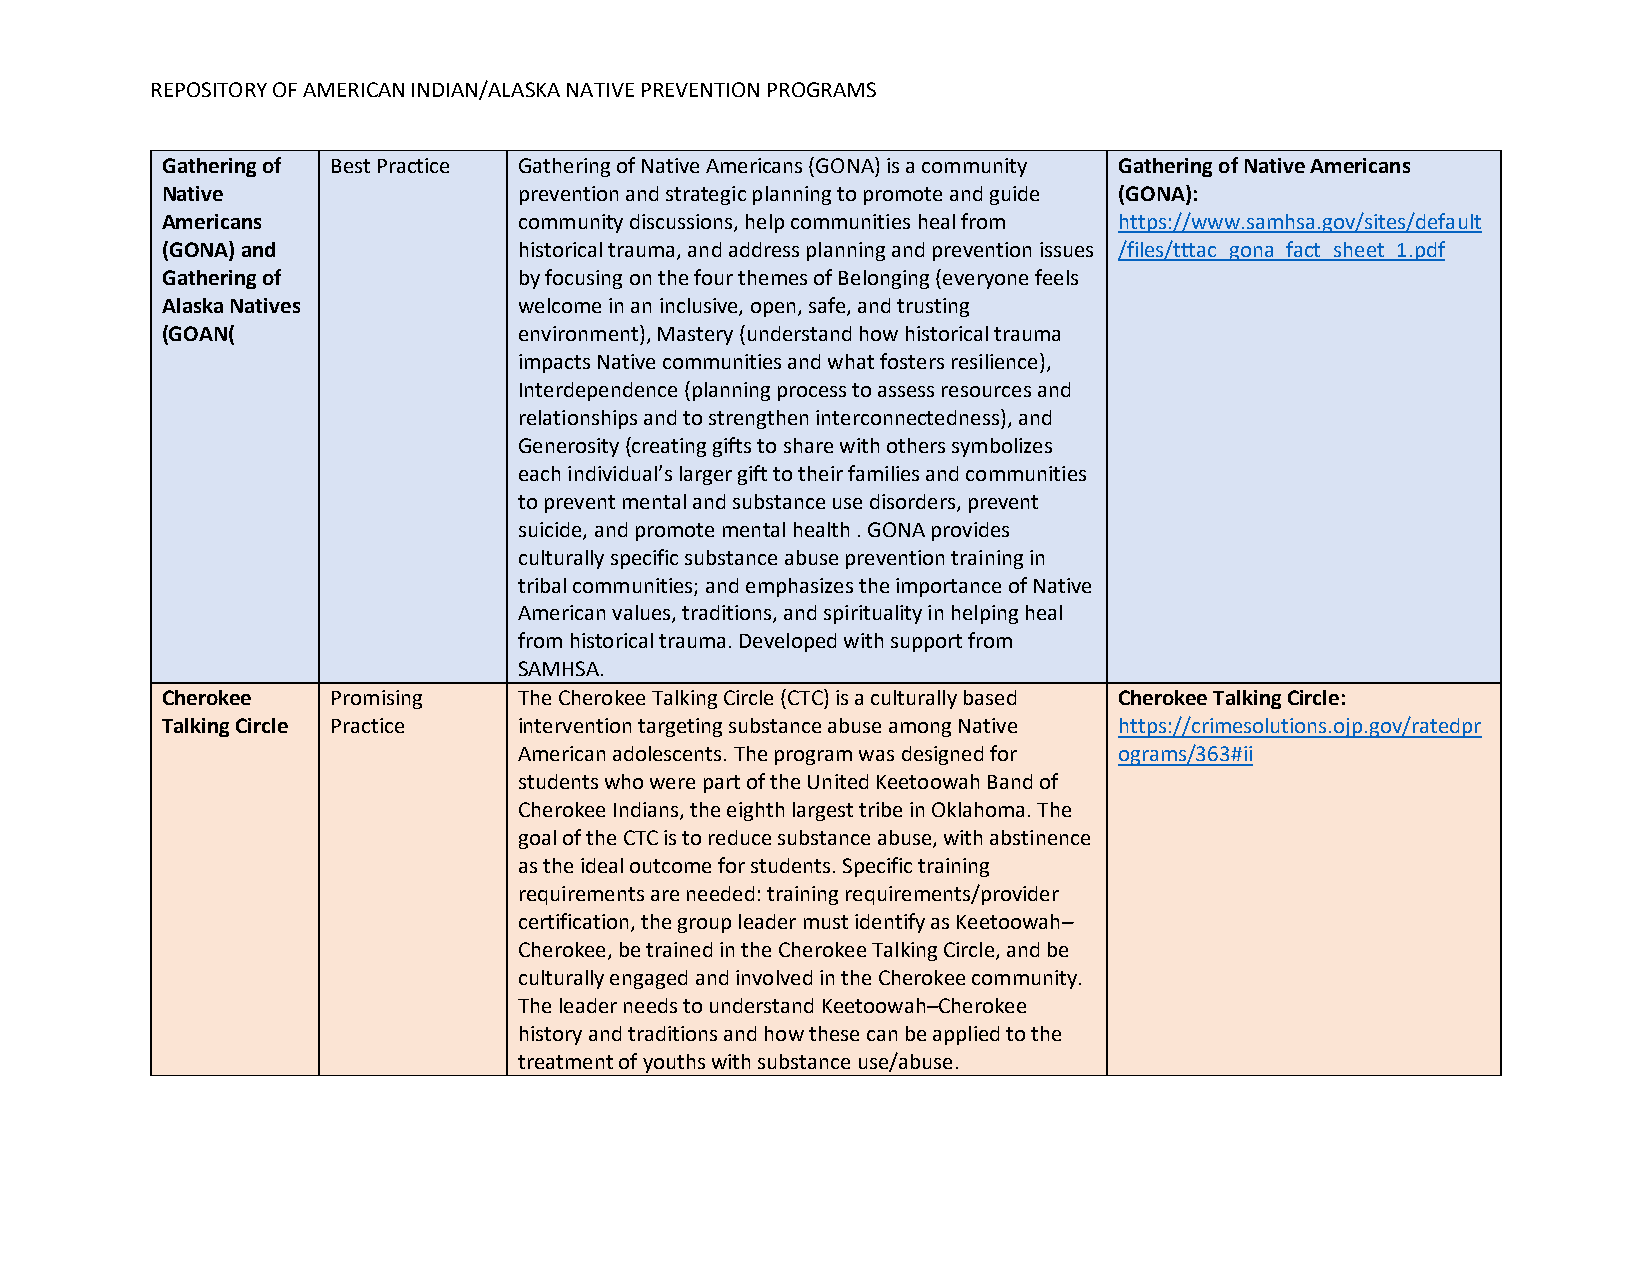
REPOSITORY OF AMERICAN INDIAN/ALASKA NATIVE PREVENTION PROGRAMS
 Gathering of Best Practice Gathering of Native Americans (GONA) is a community Gathering of Native Americans
 Native                 prevention and strategic planning to promote and guide (GONA):
 Americans              community discussions, help communities heal from https://www.samhsa.gov/sites/default
 (GONA) and             historical trauma, and address planning and prevention issues /files/tttac_gona_fact_sheet_1.pdf
 Gathering of           by focusing on the four themes of Belonging (everyone feels
 Alaska Natives         welcome in an inclusive, open, safe, and trusting
 (GOAN(                 environment), Mastery (understand how historical trauma
 impacts Native communities and what fosters resilience),
 Interdependence (planning process to assess resources and
 relationships and to strengthen interconnectedness), and
 Generosity (creating gifts to share with others symbolizes
 each individual’s larger gift to their families and communities
 to prevent mental and substance use disorders, prevent
 suicide, and promote mental health . GONA provides
 culturally specific substance abuse prevention training in
 tribal communities; and emphasizes the importance of Native
 American values, traditions, and spirituality in helping heal
 from historical trauma. Developed with support from
 SAMHSA.
 Cherokee   Promising   The Cherokee Talking Circle (CTC) is a culturally based Cherokee Talking Circle:
 Talking Circle Practice intervention targeting substance abuse among Native https://crimesolutions.ojp.gov/ratedpr
 American adolescents. The program was designed for ograms/363#ii
 students who were part of the United Keetoowah Band of
 Cherokee Indians, the eighth largest tribe in Oklahoma. The
 goal of the CTC is to reduce substance abuse, with abstinence
 as the ideal outcome for students. Specific training
 requirements are needed: training requirements/provider
 certification, the group leader must identify as Keetoowah–
 Cherokee, be trained in the Cherokee Talking Circle, and be
 culturally engaged and involved in the Cherokee community.
 The leader needs to understand Keetoowah–Cherokee
 history and traditions and how these can be applied to the
 treatment of youths with substance use/abuse.